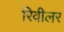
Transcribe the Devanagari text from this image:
रिवीलर